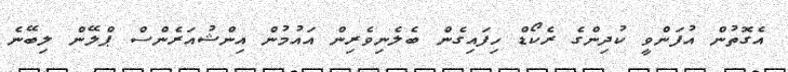
އެގޮތުން އުފަންވީ ކުދިންގެ ރެކޯޑް ހިފައިގެން ބެލެނިވެރިން އައުމުން އިންޝުއަރެންސް ޕްލޭން ލިބޭނެ